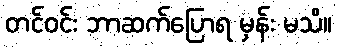
တင်ဝင်း ဘာဆက်ပြောရ မှန်း မသိ။